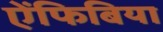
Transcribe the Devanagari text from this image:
ऐंफिबिया